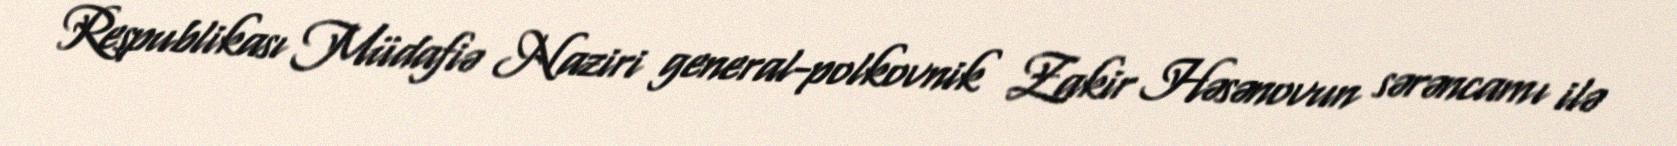
Respublikası Müdafiə Naziri general-polkovnik Zakir Həsənovun sərəncamı ilə